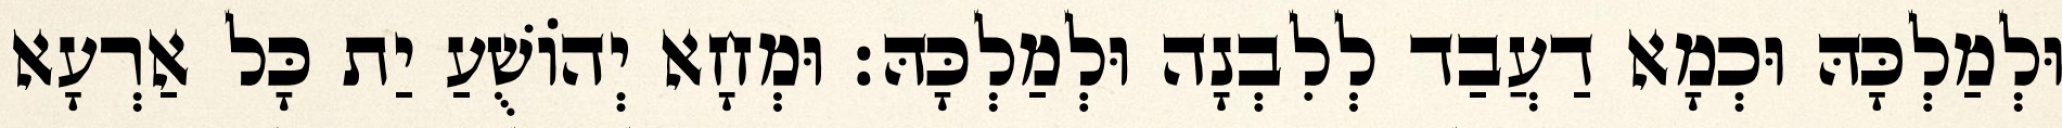
וּלְמַלְכָּהּ וּכְמָא דַעֲבַד לְלִבְנָה וּלְמַלְכָּהּ׃ וּמְחָא יְהוֹשֻׁעַ יַת כָּל אַרְעָא